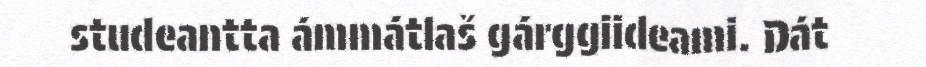
studeantta ámmátlaš gárggiideami. Dát